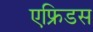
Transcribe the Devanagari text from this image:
एफ्रिडस